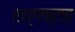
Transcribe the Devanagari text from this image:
रन्गफ्राह